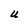
Character: U